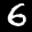
Label: 6